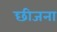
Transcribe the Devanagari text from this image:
छीजना